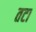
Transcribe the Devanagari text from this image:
तटा